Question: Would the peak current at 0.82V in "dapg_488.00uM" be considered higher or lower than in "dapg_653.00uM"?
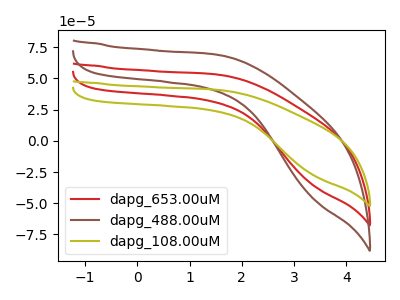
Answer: <think>The red curve "dapg_653.00uM" has no peaks. The brown curve "dapg_488.00uM" has no peaks. The olive curve "dapg_108.00uM" has no peaks.</think>
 <answer>"dapg_488.00uM" and "dapg_653.00uM" dont share a peak at 0.82V.</answer>
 <eval>mismatch</eval>